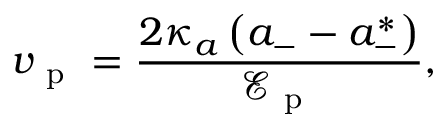
v _ { \mathrm { ~ p ~ } } = \frac { 2 \kappa _ { a } \left( a _ { - } - a _ { - } ^ { * } \right) } { \mathcal { E } _ { \mathrm { ~ p ~ } } } ,